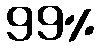
99%